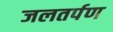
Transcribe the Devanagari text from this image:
जलतर्पण